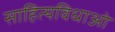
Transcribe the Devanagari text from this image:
साहित्यविधाओं